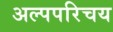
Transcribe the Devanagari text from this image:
अल्पपरिचय